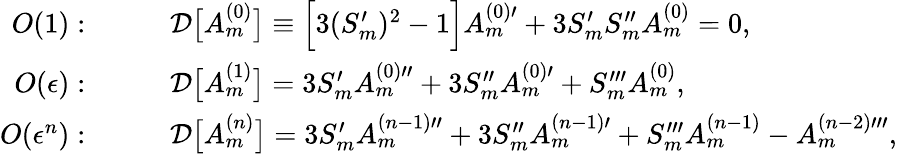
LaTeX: \begin{array}{rl}{O(1):}&{\qquad\mathcal{D}\big[A_{m}^{(0)}\big]\equiv\Big[3(S_{m}^{\prime})^{2}-1\Big]A_{m}^{(0)\prime}+3S_{m}^{\prime}S_{m}^{\prime\prime}A_{m}^{(0)}=0,}\\ {O(\epsilon):}&{\qquad\mathcal{D}\big[A_{m}^{(1)}\big]=3S_{m}^{\prime}A_{m}^{(0)\prime\prime}+3S_{m}^{\prime\prime}A_{m}^{(0)\prime}+S_{m}^{\prime\prime\prime}A_{m}^{(0)},}\\ {O(\epsilon^{n}):}&{\qquad\mathcal{D}\big[A_{m}^{(n)}\big]=3S_{m}^{\prime}A_{m}^{(n-1)\prime\prime}+3S_{m}^{\prime\prime}A_{m}^{(n-1)\prime}+S_{m}^{\prime\prime\prime}A_{m}^{(n-1)}-A_{m}^{(n-2)\prime\prime\prime},}\end{array}